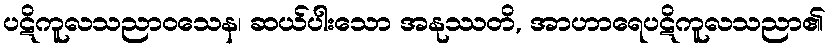
ပဋိကူလသညာဝသေန၊ ဆယ်ပါးသော အနုဿတိ, အာဟာရေပဋိကူလသညာ၏